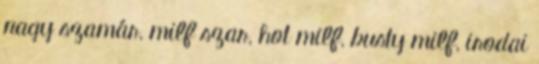
nagy szamár, milf szar, hot milf, busty milf, irodai